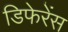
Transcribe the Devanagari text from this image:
डिफेरेंस